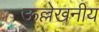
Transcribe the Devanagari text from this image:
ऊल्लेखनीय